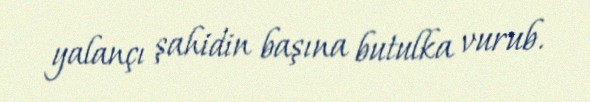
yalançı şahidin başına butulka vurub.